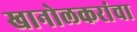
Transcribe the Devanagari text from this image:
खानोलकरांचा